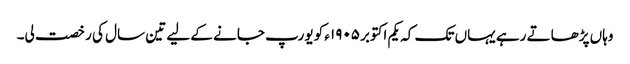
وہاں پڑھاتے رہے یہاں تک کہ یکم اکتوبر ١٩٠۵ء کو یورپ جانے کے لیے تین سال کی رخصت لی۔